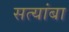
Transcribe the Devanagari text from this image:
सत्यांबा